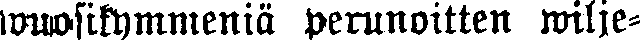
wuosikymmeniä perunoitten wilje-